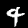
Digit: 4